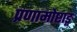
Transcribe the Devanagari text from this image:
प्रणामोष्टाङ्ग